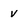
Character: V